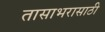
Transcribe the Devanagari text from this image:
तासाभरासाठी